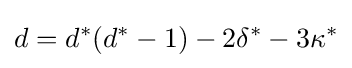
d=d^{*}(d^{*}-1)-2\delta ^{*}-3\kappa ^{*}